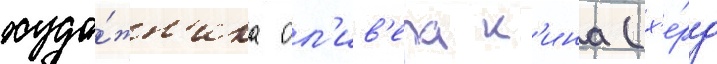
худо́жн'ика ол'ив'ера к'ина (х'е́рд